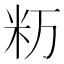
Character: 𥸯